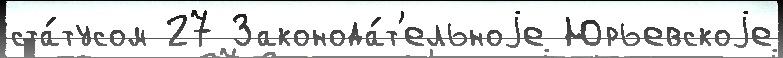
ста́тусом 27 Законода́т'ельноjе Юрьевскоjе